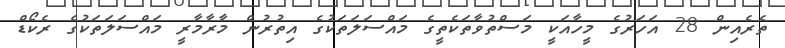
ތެރެއިން 28 އަހަރުގެ މީހާއަކީ މަސްތުވާތަކެތީގެ މައްސަލަތަކުގެ އިތުރުން މާރާމާރީ މައްސަލަތަކުގެ ރެކޯޑް